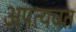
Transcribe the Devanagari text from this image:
अपत्यवत